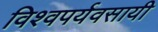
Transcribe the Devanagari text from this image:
विश्वपर्यवसायी